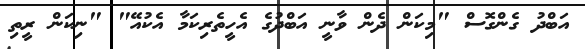
އަބްދު ގެންގޮސް "މިކަން ދެން ވާނީ އަބްދުގެ އެހީތެރިކަމާ އެކުއޭ" "ނިކަން ރީތި